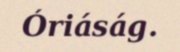
Óriáság.